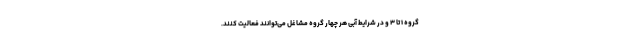
گروه ۱ تا ۳ و در شرایط آبی هر چهار گروه مشاغل می‌توانند فعالیت کنند.